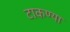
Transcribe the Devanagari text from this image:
टाकण्या